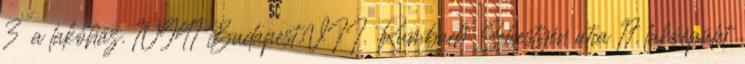
3 a lakóház. 10941 Budapest.VII. Rumbach Sebestyén utca 17. lakóépület.